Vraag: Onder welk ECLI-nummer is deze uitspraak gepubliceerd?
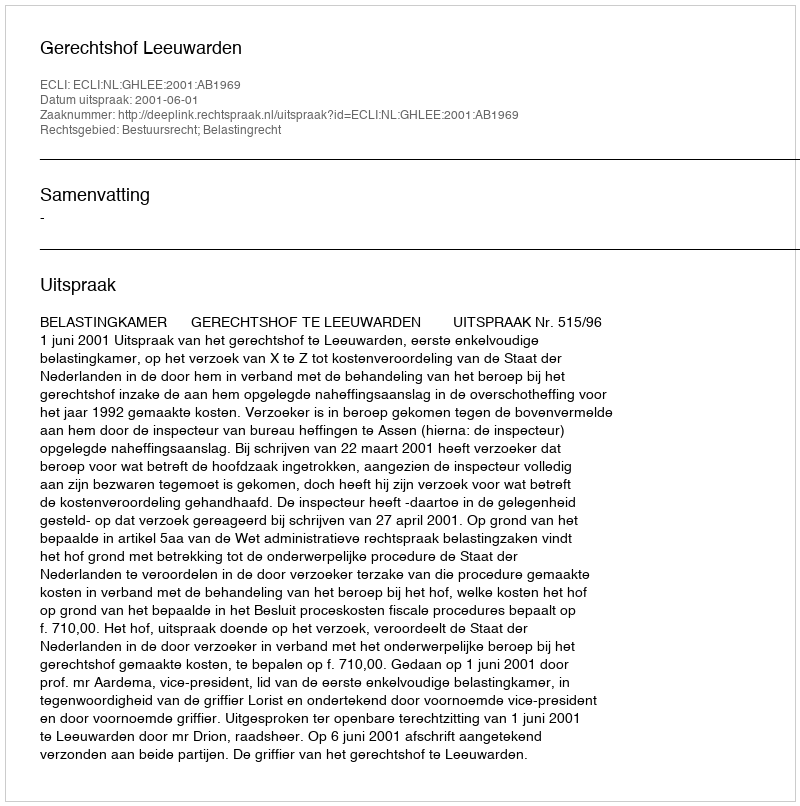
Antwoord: ECLI:NL:GHLEE:2001:AB1969